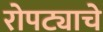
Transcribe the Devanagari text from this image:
रोपट्याचे